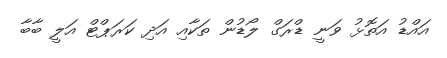
އައްޑު އަތޮޅު ވަނީ ޑްރަގް ލޯޑުން ތަކާއި އަދި ކަަރަޕްޓް އަލީ ބާބާ